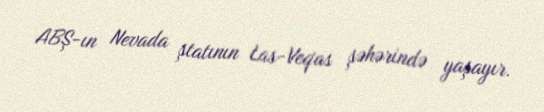
ABŞ-ın Nevada ştatının Las-Veqas şəhərində yaşayır.